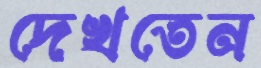
দেখতেন